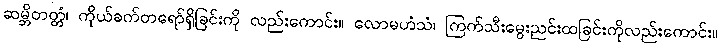
ဆမ္ဘိတတ္တံ၊ ကိုယ်ခက်တရော်ရှိခြင်းကို လည်းကောင်း။ လောမဟံသံ၊ ကြက်သီးမွေးညင်းထခြင်းကိုလည်းကောင်း။